画像に写った文字を読んでください
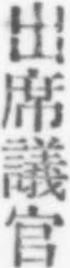
「出席議官」と書いてあります